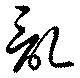
乱